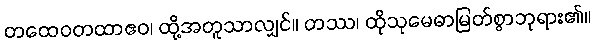
တထေဝတထာဧဝ၊ ထို့အတူသာလျှင်။ တဿ၊ ထိုသုမေဓာမြတ်စွာဘုရား၏။